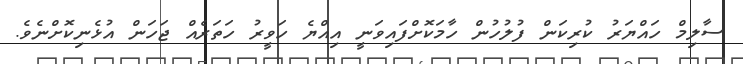
ސާލިމް ހައްޔަރު ކުރިކަން ފުލުހުން ހާމަކޮށްފައިވަނީ އިއްޔެ ހަވީރު ހަތަރެއް ޖަހަން އުޅެނިކޮށްނެވެ.